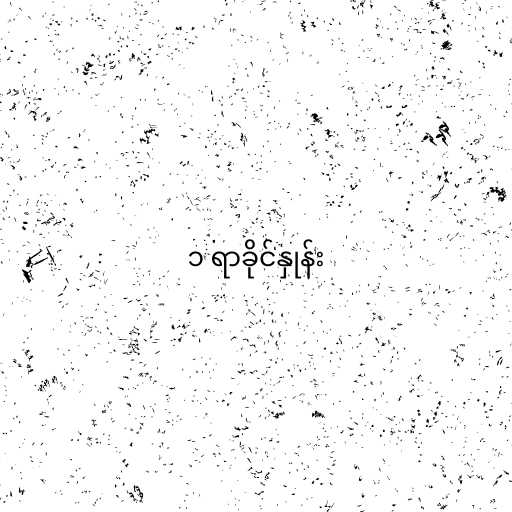
၁ ရာခိုင်နှုန်း